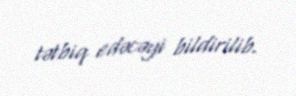
tətbiq edəcəyi bildirilib.